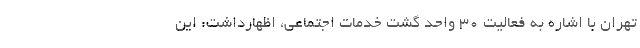
تهران با اشاره به فعالیت ۳۰ واحد گشت خدمات اجتماعی، اظهارداشت: این